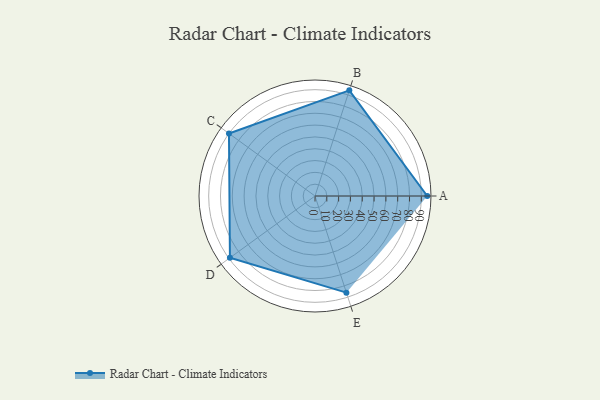
{"axis": {"x": "Skill", "y": "Score"}, "legend": ["Profile"], "data": [{"x": "A", "y": 95.0, "type": "Profile"}, {"x": "B", "y": 94.0, "type": "Profile"}, {"x": "C", "y": 90.0, "type": "Profile"}, {"x": "D", "y": 89.0, "type": "Profile"}, {"x": "E", "y": 86.0, "type": "Profile"}]}